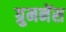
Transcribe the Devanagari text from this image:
ग्रुमनेंस